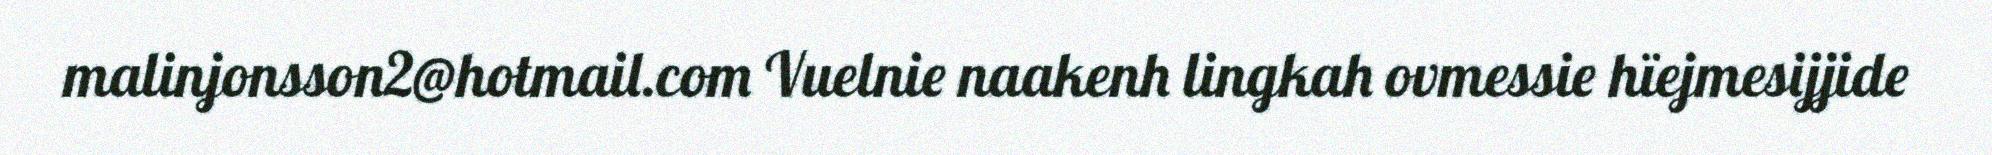
malinjonsson2@hotmail.com Vuelnie naakenh lingkah ovmessie hïejmesijjide